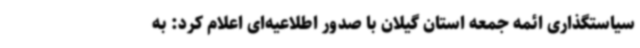
سیاستگذاری ائمه جمعه استان گیلان با صدور اطلاعیه‌ای اعلام کرد: به